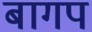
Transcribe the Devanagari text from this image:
बागप